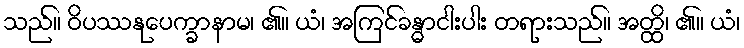
သည်။ ဝိပဿနုပေက္ခာနာမ၊ ၏။ ယံ၊ အကြင်ခန္ဓာငါးပါး တရားသည်။ အတ္ထိ၊ ၏။ ယံ၊